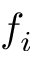
f _ { i }